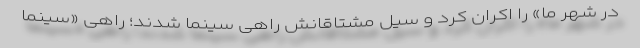
در شهر ما» را اکران کرد و سیل مشتاقانش راهی سینما شدند؛ راهی «سینما